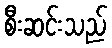
စီးဆင်းသည်